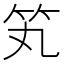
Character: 笂